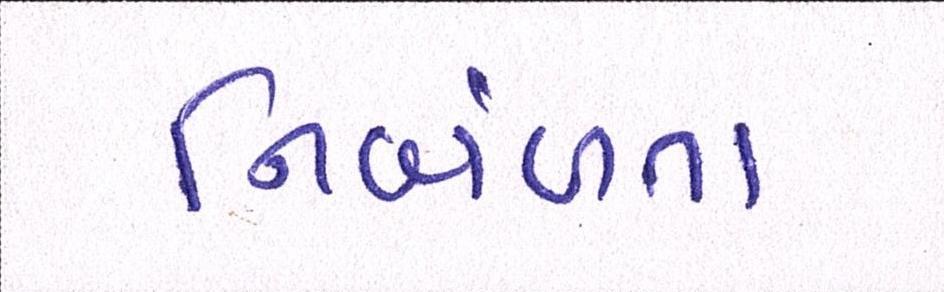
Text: નિર્બળતા